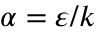
\alpha = \varepsilon / k